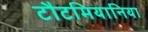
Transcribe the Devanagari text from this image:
टौटमियानिया